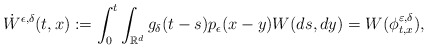
\begin{align*} \dot{W}^{\epsilon ,\delta}(t,x):=\int_{0}^{t}\int_{\mathbb{R}^{d}}g_{\delta}(t-s)p_{\epsilon }(x-y)W(ds,dy)=W(\phi_{t,x}^{\varepsilon, \delta}),\end{align*}